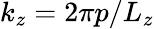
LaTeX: k_{z}=2\pi p/L_{z}